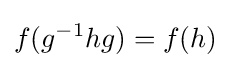
f(g^{-1}hg)=f(h)